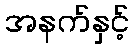
အနက်နှင့်